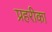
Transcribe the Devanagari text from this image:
प्रहरीका